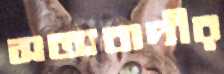
সত্যবাদীর